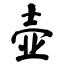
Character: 壶